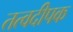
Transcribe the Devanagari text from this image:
तत्वदीपक